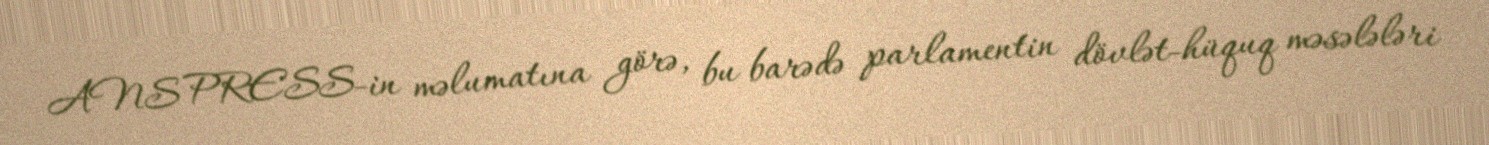
ANS PRESS-in məlumatına görə, bu barədə parlamentin dövlət-hüquq məsələləri